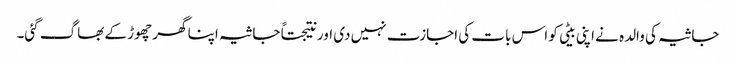
جاثیہ کی والدہ نے اپنی بیٹی کو اس بات کی اجازت نہیں دی اور نتیجتاً جاثیہ اپنا گھر چھوڑ کے بھاگ گئی۔